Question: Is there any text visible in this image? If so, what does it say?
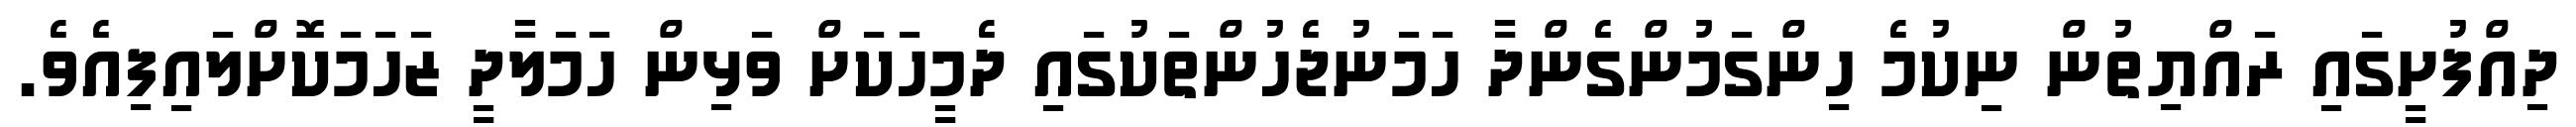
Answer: ދިއްފުށީގައި ރައްޔިތުން ނިކުމެ ހިންގަމުންގެންދާ ހަމަނުޖެހުންތަކުގައި ދެމީހަކަށް ވަޅިން ހަމަލާދީ ޒަހަމަކޮށްލައިފިއެވެ.